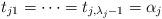
LaTeX: \begin{align*}t_{j1}=\dots =t_{j,\lambda _j-1}=\alpha _j\end{align*}